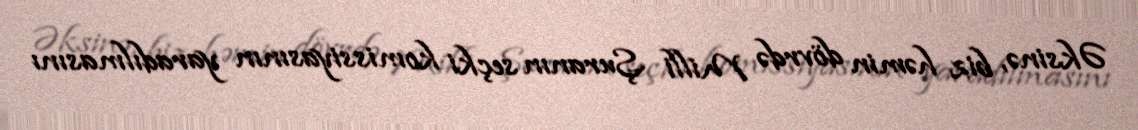
Əksinə, biz həmin dövrdə Milli Şuranın seçki komissiyasının yaradılmasını